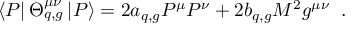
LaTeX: \left\langle P \right| \Theta _ { q , g } ^ { \mu \nu } \left| P \right\rangle = 2 a _ { q , g } P ^ { \mu } P ^ { \nu } + 2 b _ { q , g } M ^ { 2 } g ^ { \mu \nu } \; \; .